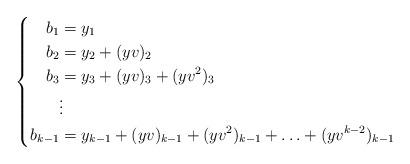
LaTeX: \begin{align*}\left\{\begin{aligned}b_1&=y_1 \\ b_2&=y_2+(yv)_2 \\ b_3&=y_3+(yv)_3+(yv^2)_3 \\ & \vdots \\b_{k-1}&=y_{k-1}+(yv)_{k-1}+(yv^2)_{k-1}+\ldots+(yv^{k-2})_{k-1}\end{aligned}\right.\end{align*}